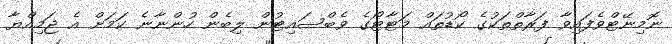
ނޮމިނޭޓްވެފައިވާ ފަރާތްތަކުގެ ކޯޑުތައް މަޓާޓޯގެ ވެބްސައިޓުން ލިބެން ހުންނާނެ ކަމަށް އެ ޖަމިއްޔާ